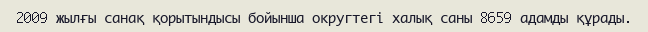
2009 жылғы санақ қорытындысы бойынша округтегі халық саны 8659 адамды құрады.